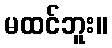
မထင်ဘူး။